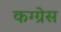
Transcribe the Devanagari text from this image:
कग्ग्रेस